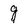
Character: g